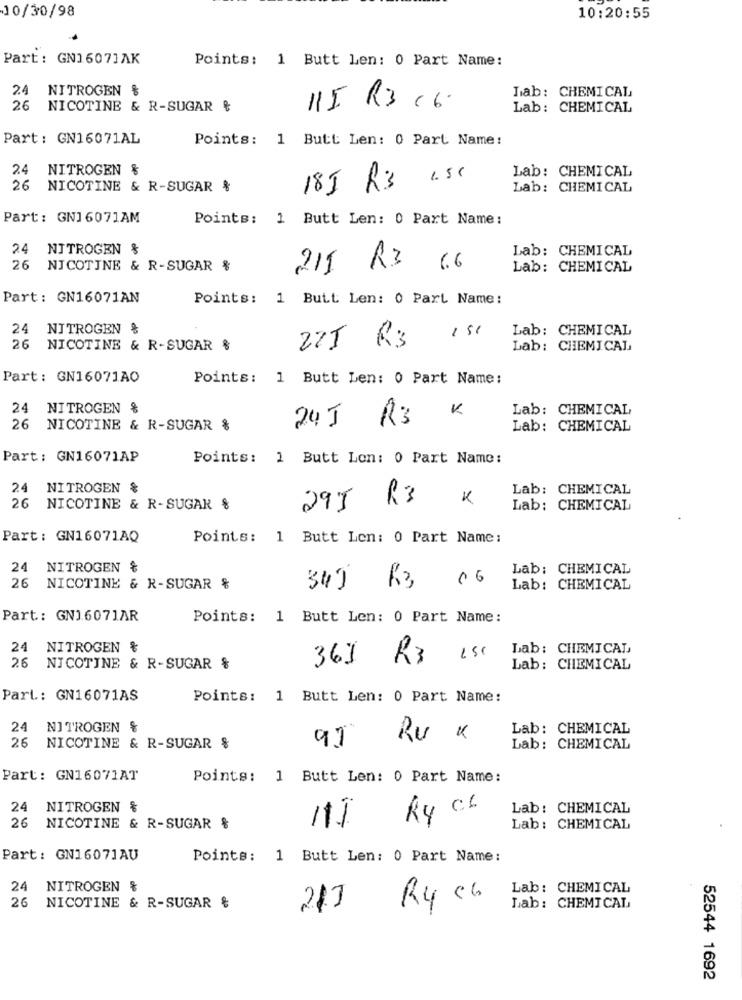
10/30/98
10:20:55
Part: GN1607JAK
Points: 1 Butt Len: 0 Part Name:
2.4
NITROGEN &
Lab: CHEMICAL
26
NICOTINE & R-SUGAR &
115 R3 16.
Lab: CHEMICAL
Part: GN16071AL
Points: 1 Butt Len: 0 Part Name:
2.4
NITROGEN &
1.5C
Lab: CHEMICAL
26
NICOTINE & R-SUGAR %
18J R3
Lab: CHEMICAL
Part: GN16071AM
Points: 1 Butt Len: 0 Part Name:
24 NITROGEN %
Lab: CHEMICAL
26
NICOTINE & R-SUGAR %
215 R3
66
Lab: CHEMICAL
Part: GN16071AN
Points: 1 Butt Len: 0 Part Name:
24 NITROGEN %
151
Lab: CHEMICAL
225 RS
26
NICOTINE & R-SUGAR %
Lab: CHEMICAL
Part: GN16071AO
Points: 1 Butt Len: 0 Part Name:
24 NITROGEN &
K
Lab: CHEMICAL
24J R3
26 NICOTINE & R-SUGAR %
Lab: CHEMICAL
Part: GN16071AP
Points: 1 Butt Lon: 0 Part Name:
24 NITROGEN &
Lab: CHEMICAL
K
26 NICOTINE & R-SUGAR %
295 R3
Lab: CHEMICAL
Part: GN16071AQ
Points: 1 Butt Len: 0 Part Name:
24 NITROGEN &
Lab: CHEMICAL
00
26 NICOTINE & R-SUGAR %
340 K3
Lab: CHEMICAL
Part: GN16071AR
Points: 1 Butt Len: 0 Part Name:
24 NITROGEN &
1SC
Lab: CHEMICAL
369 R3
26
NICOTINE & R-SUGAR &
Lab: CHEMICAL
Part .: GN16071AS
Points: 1 Butt Len: 0 Part Name:
24
NITROGEN &
Lab: CHEMICAL
26
RU x
NICOTINE & R-SUGAR &
91
Lab: CHEMICAL
Part: GN16071AT
Points: 1 Butt Len: 0 Part Name:
24
NITROGEN &
Lab: CHEMICAL
R4 CL
26 NICOTINE & R-SUGAR &
Lab: CHEMICAL
Part: GN16071AU
Points: 1 Butt Len: 0 Part Name:
24 NITROGEN &
Lab: CHEMICAL
R4 CG
26 NICOTINE & R-SUGAR &
215
Lab: CHEMICAL
52544 1692